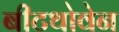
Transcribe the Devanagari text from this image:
बीटथोवेन